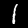
Digit: 1